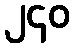
၂၄၀